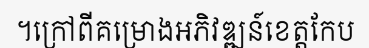
។ក្រៅពីគម្រោងអភិវឌ្ឍន៍ខេត្តកែប